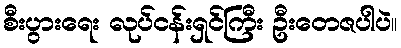
စီးပွားရေး လုပ်ငန်းရှင်ကြီး ဦးတေဇပါပဲ။